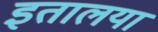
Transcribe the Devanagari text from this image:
इतालया